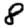
Digit: 8